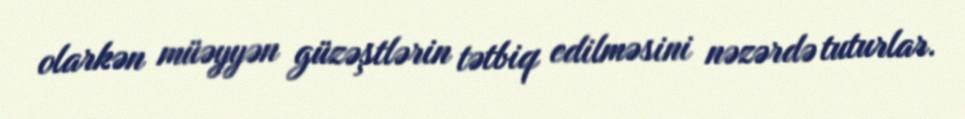
olarkən müəyyən güzəştlərin tətbiq edilməsini nəzərdə tuturlar.